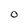
Character: O